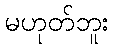
မဟုတ်ဘူး